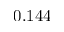
0 . 1 4 4